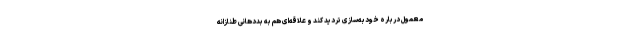
معمول دربارهٔ خودبه‌سازی تردید کند و علاقه‌ای هم به بددهانی طنازانه